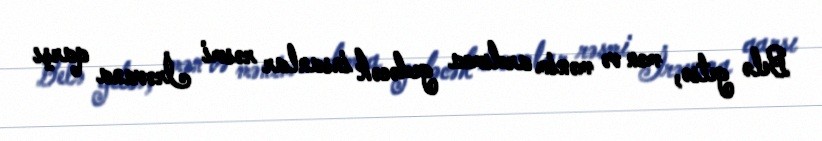
Belə getsə, mən və mənim ardımca gedəcək insanlar rəsmi İrəvana qarşı